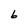
Character: b